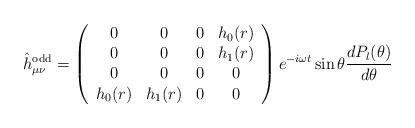
\begin{align*}\hat h_{\mu\nu}^{\rm odd} = \left (\begin{array}{cccc}0 & 0 & 0 & h_0(r) \\0 & 0 & 0 & h_1(r) \\0 & 0 & 0 & 0 \\h_0(r) & h_1(r) & 0 & 0\end{array}\right ) e^{-i\omega t} \sin\theta {{d P_l(\theta)} \over {d\theta}}\end{align*}